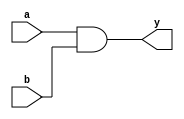


module andgate(a,b,y);   //'andgate' - Module Name, (a,b,y) - Module Port
input a,b; // Declaration of ports
output y;

and(y,a,b);    // Gate level design by instantiating gates

initial
begin
$display ("This is AND - Gatelevel Modeling");
end
endmodule